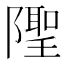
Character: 𨼳